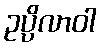
ဥပ္ပိလာဝါ